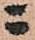
ニ